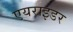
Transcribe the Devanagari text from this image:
एयराइडर